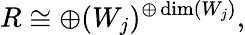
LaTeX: R\cong\oplus(W_{j})^{\oplus\dim(W_{j})},